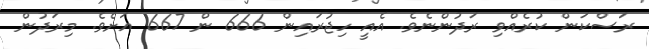
ރަސްކަން ކުރެއްވި ރަދުންނެވެ. އެއީ ހިޖުރައިން 666 ން 667 އަށެވެ. މިރަދުން